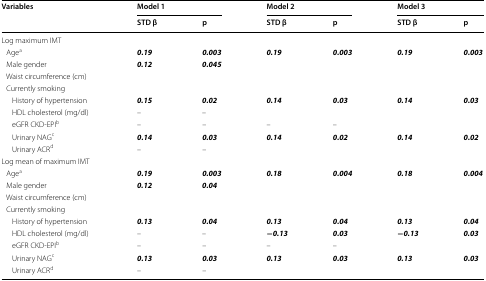
<table><thead><tr><td rowspan="2"><b>Variables</b></td><td colspan="2"><b>Model 1</b></td><td colspan="2"><b>Model 2</b></td><td colspan="2"><b>Model 3</b></td></tr><tr><td><b>STD β</b></td><td><b>p</b></td><td><b>STD β</b></td><td><b>p</b></td><td><b>STD β</b></td><td><b>p</b></td></tr></thead><tbody><tr><td colspan="7">Log maximum IMT</td></tr><tr><td> Age<sup>a</sup></td><td><b><i>0.19</i></b></td><td><b><i>0.003</i></b></td><td><b><i>0.19</i></b></td><td><b><i>0.003</i></b></td><td><b><i>0.19</i></b></td><td><b><i>0.003</i></b></td></tr><tr><td> Male gender</td><td><b><i>0.12</i></b></td><td><b><i>0.045</i></b></td><td></td><td></td><td></td><td></td></tr><tr><td> Waist circumference (cm)</td><td></td><td></td><td></td><td></td><td></td><td></td></tr><tr><td> Currently smoking</td><td></td><td></td><td></td><td></td><td></td><td></td></tr><tr><td>History of hypertension</td><td><b><i>0.15</i></b></td><td><b><i>0.02</i></b></td><td><b><i>0.14</i></b></td><td><b><i>0.03</i></b></td><td><b><i>0.14</i></b></td><td><b><i>0.03</i></b></td></tr><tr><td>HDL cholesterol (mg/dl)</td><td>–</td><td>–</td><td></td><td></td><td></td><td></td></tr><tr><td>eGFR CKD-EPI<sup>b</sup></td><td>–</td><td>–</td><td>–</td><td>–</td><td></td><td></td></tr><tr><td>Urinary NAG<sup>c</sup></td><td><b><i>0.14</i></b></td><td><b><i>0.03</i></b></td><td><b><i>0.14</i></b></td><td><b><i>0.02</i></b></td><td><b><i>0.14</i></b></td><td><b><i>0.02</i></b></td></tr><tr><td>Urinary ACR<sup>d</sup></td><td>–</td><td>–</td><td></td><td></td><td></td><td></td></tr><tr><td>Log mean of maximum IMT</td><td></td><td></td><td></td><td></td><td></td><td></td></tr><tr><td> Age<sup>a</sup></td><td><b><i>0.19</i></b></td><td><b><i>0.003</i></b></td><td><b><i>0.18</i></b></td><td><b><i>0.004</i></b></td><td><b><i>0.18</i></b></td><td><b><i>0.004</i></b></td></tr><tr><td> Male gender</td><td><b><i>0.12</i></b></td><td><b><i>0.04</i></b></td><td></td><td></td><td></td><td></td></tr><tr><td> Waist circumference (cm)</td><td></td><td></td><td></td><td></td><td></td><td></td></tr><tr><td> Currently smoking</td><td></td><td></td><td></td><td></td><td></td><td></td></tr><tr><td>History of hypertension</td><td><b><i>0.13</i></b></td><td><b><i>0.04</i></b></td><td><b><i>0.13</i></b></td><td><b><i>0.04</i></b></td><td><b><i>0.13</i></b></td><td><b><i>0.04</i></b></td></tr><tr><td>HDL cholesterol (mg/dl)</td><td>–</td><td>–</td><td><b><i>−0.13</i></b></td><td><b><i>0.03</i></b></td><td><b><i>−0.13</i></b></td><td><b><i>0.03</i></b></td></tr><tr><td>eGFR CKD-EPI<sup>b</sup></td><td>–</td><td>–</td><td>–</td><td>–</td><td></td><td></td></tr><tr><td>Urinary NAG<sup>c</sup></td><td><b><i>0.13</i></b></td><td><b><i>0.03</i></b></td><td><b><i>0.13</i></b></td><td><b><i>0.03</i></b></td><td><b><i>0.13</i></b></td><td><b><i>0.03</i></b></td></tr><tr><td>Urinary ACR<sup>d</sup></td><td>–</td><td>–</td><td></td><td></td><td></td><td></td></tr></tbody></table>